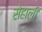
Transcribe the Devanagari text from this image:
सेहाली